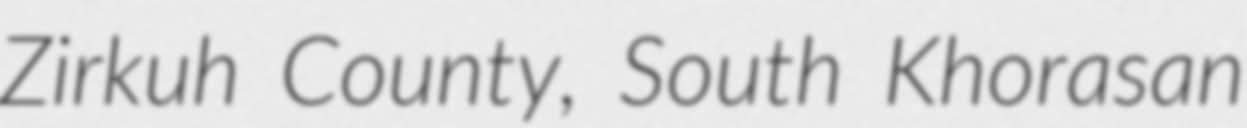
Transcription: Zirkuh County, South Khorasan